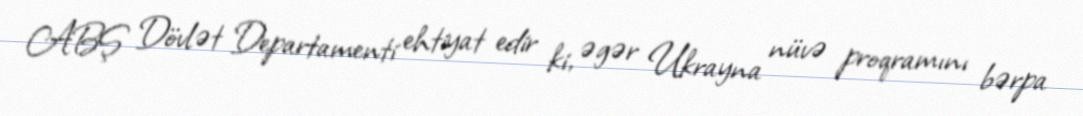
ABŞ Dövlət Departamenti ehtiyat edir ki, əgər Ukrayna nüvə proqramını bərpa